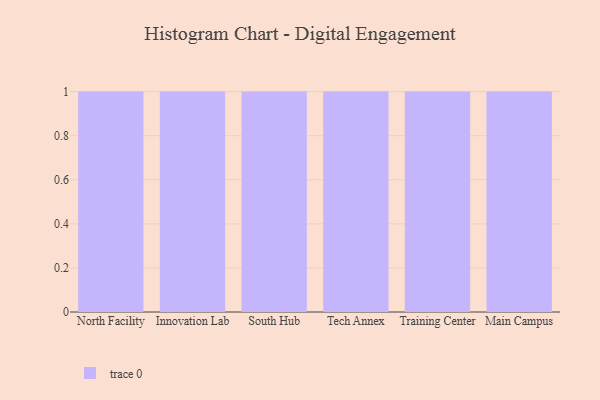
{"axis": {"x": "Campus", "y": "Energy Usage (MWh)"}, "legend": [""], "data": [{"x": "North Facility", "y": 69, "type": ""}, {"x": "Innovation Lab", "y": 46, "type": ""}, {"x": "South Hub", "y": 96, "type": ""}, {"x": "Tech Annex", "y": 6, "type": ""}, {"x": "Training Center", "y": 28, "type": ""}, {"x": "Main Campus", "y": 91, "type": ""}]}